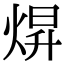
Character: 焺